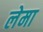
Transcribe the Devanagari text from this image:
लेमा